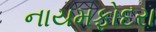
નાયમફોદરા